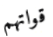
قواتهم